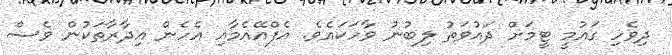
ދިވެހި ގައުމީ ޓީމަށް ދައުވަތު ލިބުނު ވާހަކައެވެ. އެފްއޭއެމާއި އެހެން އިދާރާތަކުން ވެސް